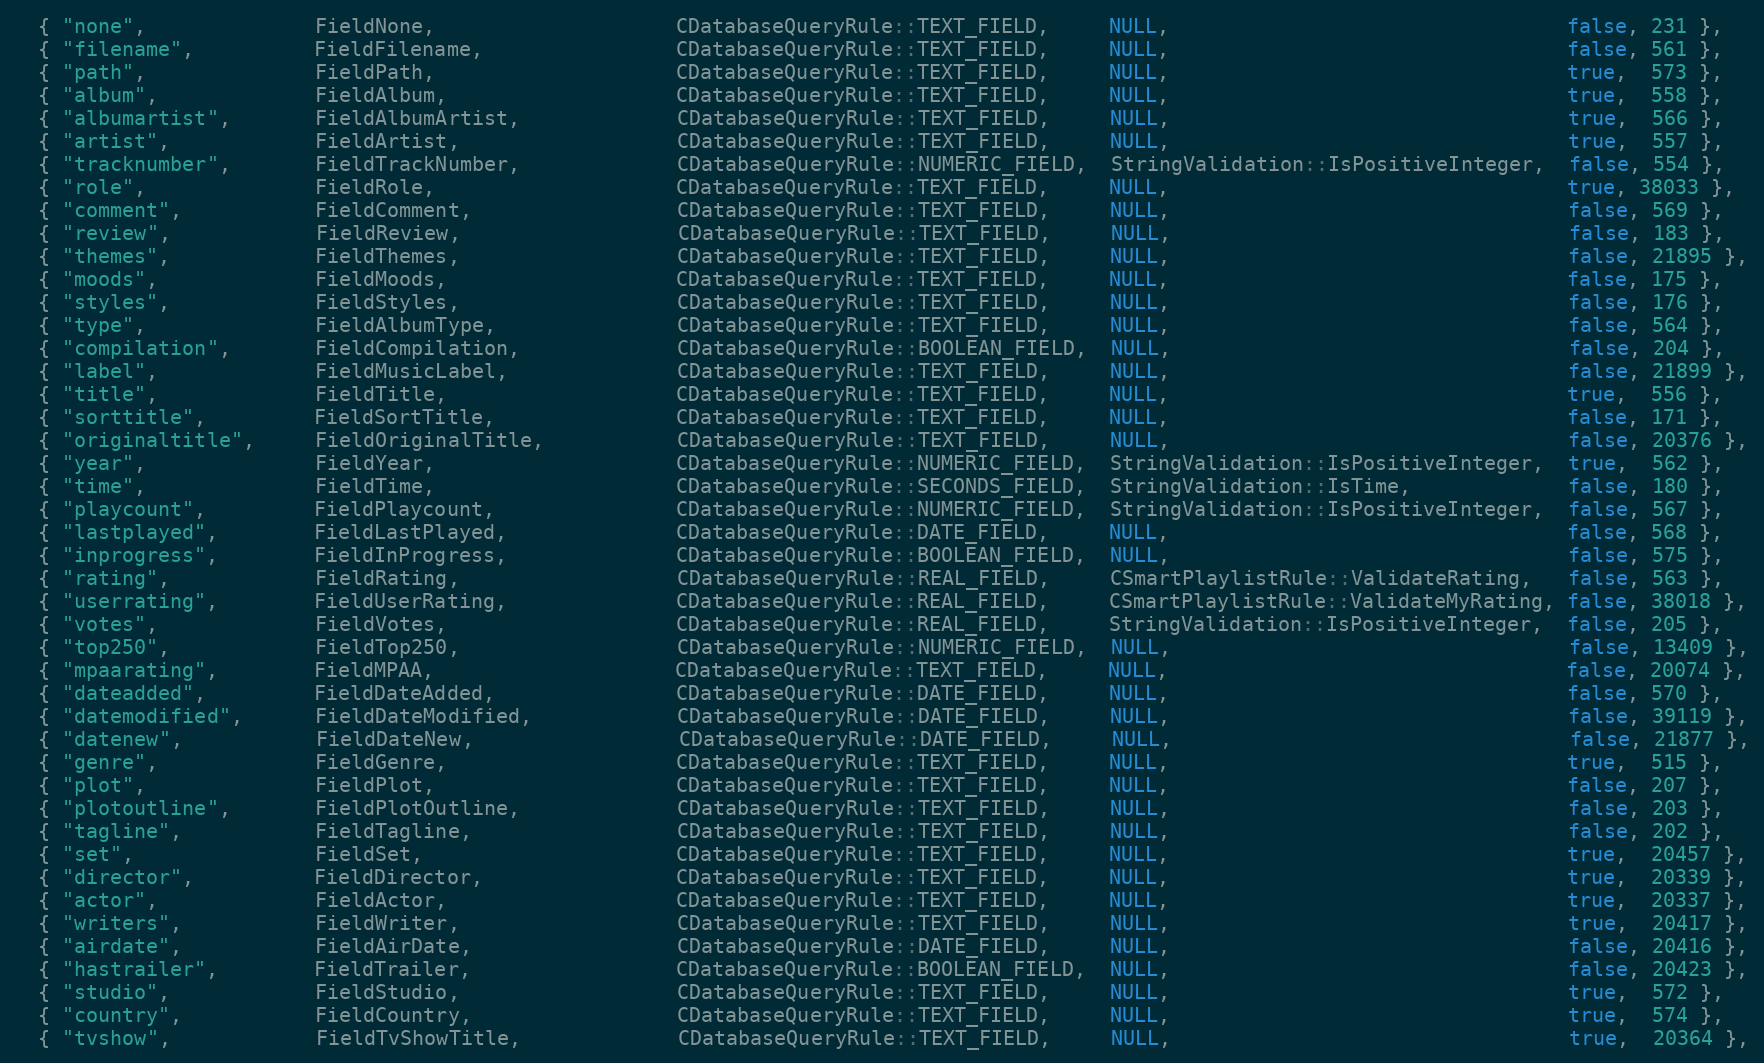
Language: C++
  { "none",              FieldNone,                    CDatabaseQueryRule::TEXT_FIELD,     NULL,                                 false, 231 },
  { "filename",          FieldFilename,                CDatabaseQueryRule::TEXT_FIELD,     NULL,                                 false, 561 },
  { "path",              FieldPath,                    CDatabaseQueryRule::TEXT_FIELD,     NULL,                                 true,  573 },
  { "album",             FieldAlbum,                   CDatabaseQueryRule::TEXT_FIELD,     NULL,                                 true,  558 },
  { "albumartist",       FieldAlbumArtist,             CDatabaseQueryRule::TEXT_FIELD,     NULL,                                 true,  566 },
  { "artist",            FieldArtist,                  CDatabaseQueryRule::TEXT_FIELD,     NULL,                                 true,  557 },
  { "tracknumber",       FieldTrackNumber,             CDatabaseQueryRule::NUMERIC_FIELD,  StringValidation::IsPositiveInteger,  false, 554 },
  { "role",              FieldRole,                    CDatabaseQueryRule::TEXT_FIELD,     NULL,                                 true, 38033 },
  { "comment",           FieldComment,                 CDatabaseQueryRule::TEXT_FIELD,     NULL,                                 false, 569 },
  { "review",            FieldReview,                  CDatabaseQueryRule::TEXT_FIELD,     NULL,                                 false, 183 },
  { "themes",            FieldThemes,                  CDatabaseQueryRule::TEXT_FIELD,     NULL,                                 false, 21895 },
  { "moods",             FieldMoods,                   CDatabaseQueryRule::TEXT_FIELD,     NULL,                                 false, 175 },
  { "styles",            FieldStyles,                  CDatabaseQueryRule::TEXT_FIELD,     NULL,                                 false, 176 },
  { "type",              FieldAlbumType,               CDatabaseQueryRule::TEXT_FIELD,     NULL,                                 false, 564 },
  { "compilation",       FieldCompilation,             CDatabaseQueryRule::BOOLEAN_FIELD,  NULL,                                 false, 204 },
  { "label",             FieldMusicLabel,              CDatabaseQueryRule::TEXT_FIELD,     NULL,                                 false, 21899 },
  { "title",             FieldTitle,                   CDatabaseQueryRule::TEXT_FIELD,     NULL,                                 true,  556 },
  { "sorttitle",         FieldSortTitle,               CDatabaseQueryRule::TEXT_FIELD,     NULL,                                 false, 171 },
  { "originaltitle",     FieldOriginalTitle,           CDatabaseQueryRule::TEXT_FIELD,     NULL,                                 false, 20376 },
  { "year",              FieldYear,                    CDatabaseQueryRule::NUMERIC_FIELD,  StringValidation::IsPositiveInteger,  true,  562 },
  { "time",              FieldTime,                    CDatabaseQueryRule::SECONDS_FIELD,  StringValidation::IsTime,             false, 180 },
  { "playcount",         FieldPlaycount,               CDatabaseQueryRule::NUMERIC_FIELD,  StringValidation::IsPositiveInteger,  false, 567 },
  { "lastplayed",        FieldLastPlayed,              CDatabaseQueryRule::DATE_FIELD,     NULL,                                 false, 568 },
  { "inprogress",        FieldInProgress,              CDatabaseQueryRule::BOOLEAN_FIELD,  NULL,                                 false, 575 },
  { "rating",            FieldRating,                  CDatabaseQueryRule::REAL_FIELD,     CSmartPlaylistRule::ValidateRating,   false, 563 },
  { "userrating",        FieldUserRating,              CDatabaseQueryRule::REAL_FIELD,     CSmartPlaylistRule::ValidateMyRating, false, 38018 },
  { "votes",             FieldVotes,                   CDatabaseQueryRule::REAL_FIELD,     StringValidation::IsPositiveInteger,  false, 205 },
  { "top250",            FieldTop250,                  CDatabaseQueryRule::NUMERIC_FIELD,  NULL,                                 false, 13409 },
  { "mpaarating",        FieldMPAA,                    CDatabaseQueryRule::TEXT_FIELD,     NULL,                                 false, 20074 },
  { "dateadded",         FieldDateAdded,               CDatabaseQueryRule::DATE_FIELD,     NULL,                                 false, 570 },
  { "datemodified",      FieldDateModified,            CDatabaseQueryRule::DATE_FIELD,     NULL,                                 false, 39119 },
  { "datenew",           FieldDateNew,                 CDatabaseQueryRule::DATE_FIELD,     NULL,                                 false, 21877 },
  { "genre",             FieldGenre,                   CDatabaseQueryRule::TEXT_FIELD,     NULL,                                 true,  515 },
  { "plot",              FieldPlot,                    CDatabaseQueryRule::TEXT_FIELD,     NULL,                                 false, 207 },
  { "plotoutline",       FieldPlotOutline,             CDatabaseQueryRule::TEXT_FIELD,     NULL,                                 false, 203 },
  { "tagline",           FieldTagline,                 CDatabaseQueryRule::TEXT_FIELD,     NULL,                                 false, 202 },
  { "set",               FieldSet,                     CDatabaseQueryRule::TEXT_FIELD,     NULL,                                 true,  20457 },
  { "director",          FieldDirector,                CDatabaseQueryRule::TEXT_FIELD,     NULL,                                 true,  20339 },
  { "actor",             FieldActor,                   CDatabaseQueryRule::TEXT_FIELD,     NULL,                                 true,  20337 },
  { "writers",           FieldWriter,                  CDatabaseQueryRule::TEXT_FIELD,     NULL,                                 true,  20417 },
  { "airdate",           FieldAirDate,                 CDatabaseQueryRule::DATE_FIELD,     NULL,                                 false, 20416 },
  { "hastrailer",        FieldTrailer,                 CDatabaseQueryRule::BOOLEAN_FIELD,  NULL,                                 false, 20423 },
  { "studio",            FieldStudio,                  CDatabaseQueryRule::TEXT_FIELD,     NULL,                                 true,  572 },
  { "country",           FieldCountry,                 CDatabaseQueryRule::TEXT_FIELD,     NULL,                                 true,  574 },
  { "tvshow",            FieldTvShowTitle,             CDatabaseQueryRule::TEXT_FIELD,     NULL,                                 true,  20364 },